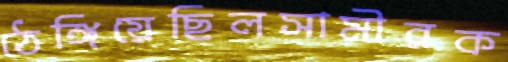
ঠেঙ্গিয়েছিলসামীরক